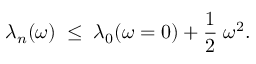
\lambda _ { n } ( \omega ) \; \leq \; \lambda _ { 0 } ( \omega = 0 ) + { \frac { 1 } { 2 } } \; \omega ^ { 2 } .